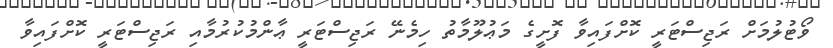
ވޯޓުލުމަށް ރަޖިސްޓަރީ ކޮށްފައިވާ ފޮށީގެ މަޢުލޫމާތު ހިމެނޭ ރަޖިސްޓަރީ ޢާންމުކުރުމާއި ރަޖިސްޓަރީ ކޮށްފައިވާ